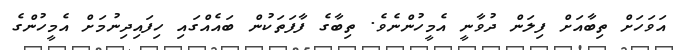
އަވަހަށް ތިބާއަށް ފިލަން ދުވާނީ އެމީހުންނެވެ. ތިބާގެ ފާފަތަކުން ބައެއްގައި ހިފައިދިނުމަށް އެމީހުންގެ